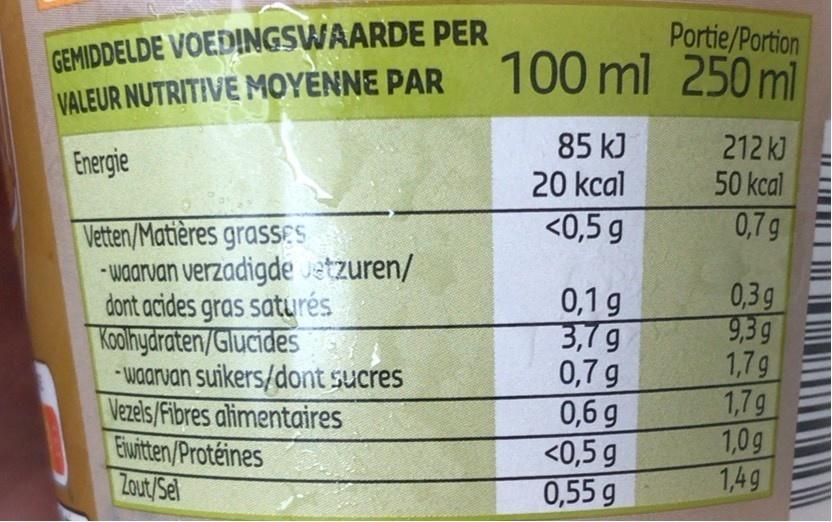
GEMIDDELDE VOEDINGSWAARDE PER VALEUR NUTRITIVE MOYENNE PAR
Portie/Portion 100 ml 250 ml
Energie
85 kJ 20 kcal
212 kJ 50 kcal
<0,5 g
0,7g
Vetten/Matières grasSES - waarvan verzadigde Jetzuren/ dont acides gras saturés Koolhydraten/Glucides * waarvan suikers/dont sucres Vezels/Fibres alimentaires Eiwitten/Protéines Zout/Sel
0,1 g 3,7g 0,7 g 0,6 g <0,5 g 0,55 g
0,3g 9,3g 1,7g 1,7g 1,0g 1,49